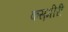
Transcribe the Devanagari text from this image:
कस़मीरी